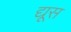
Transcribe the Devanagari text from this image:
द्यूस